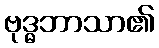
ဗုဒ္ဓဘာသာ၏